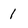
Character: 1